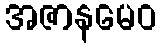
အဇာနမေဝ